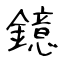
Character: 鐿